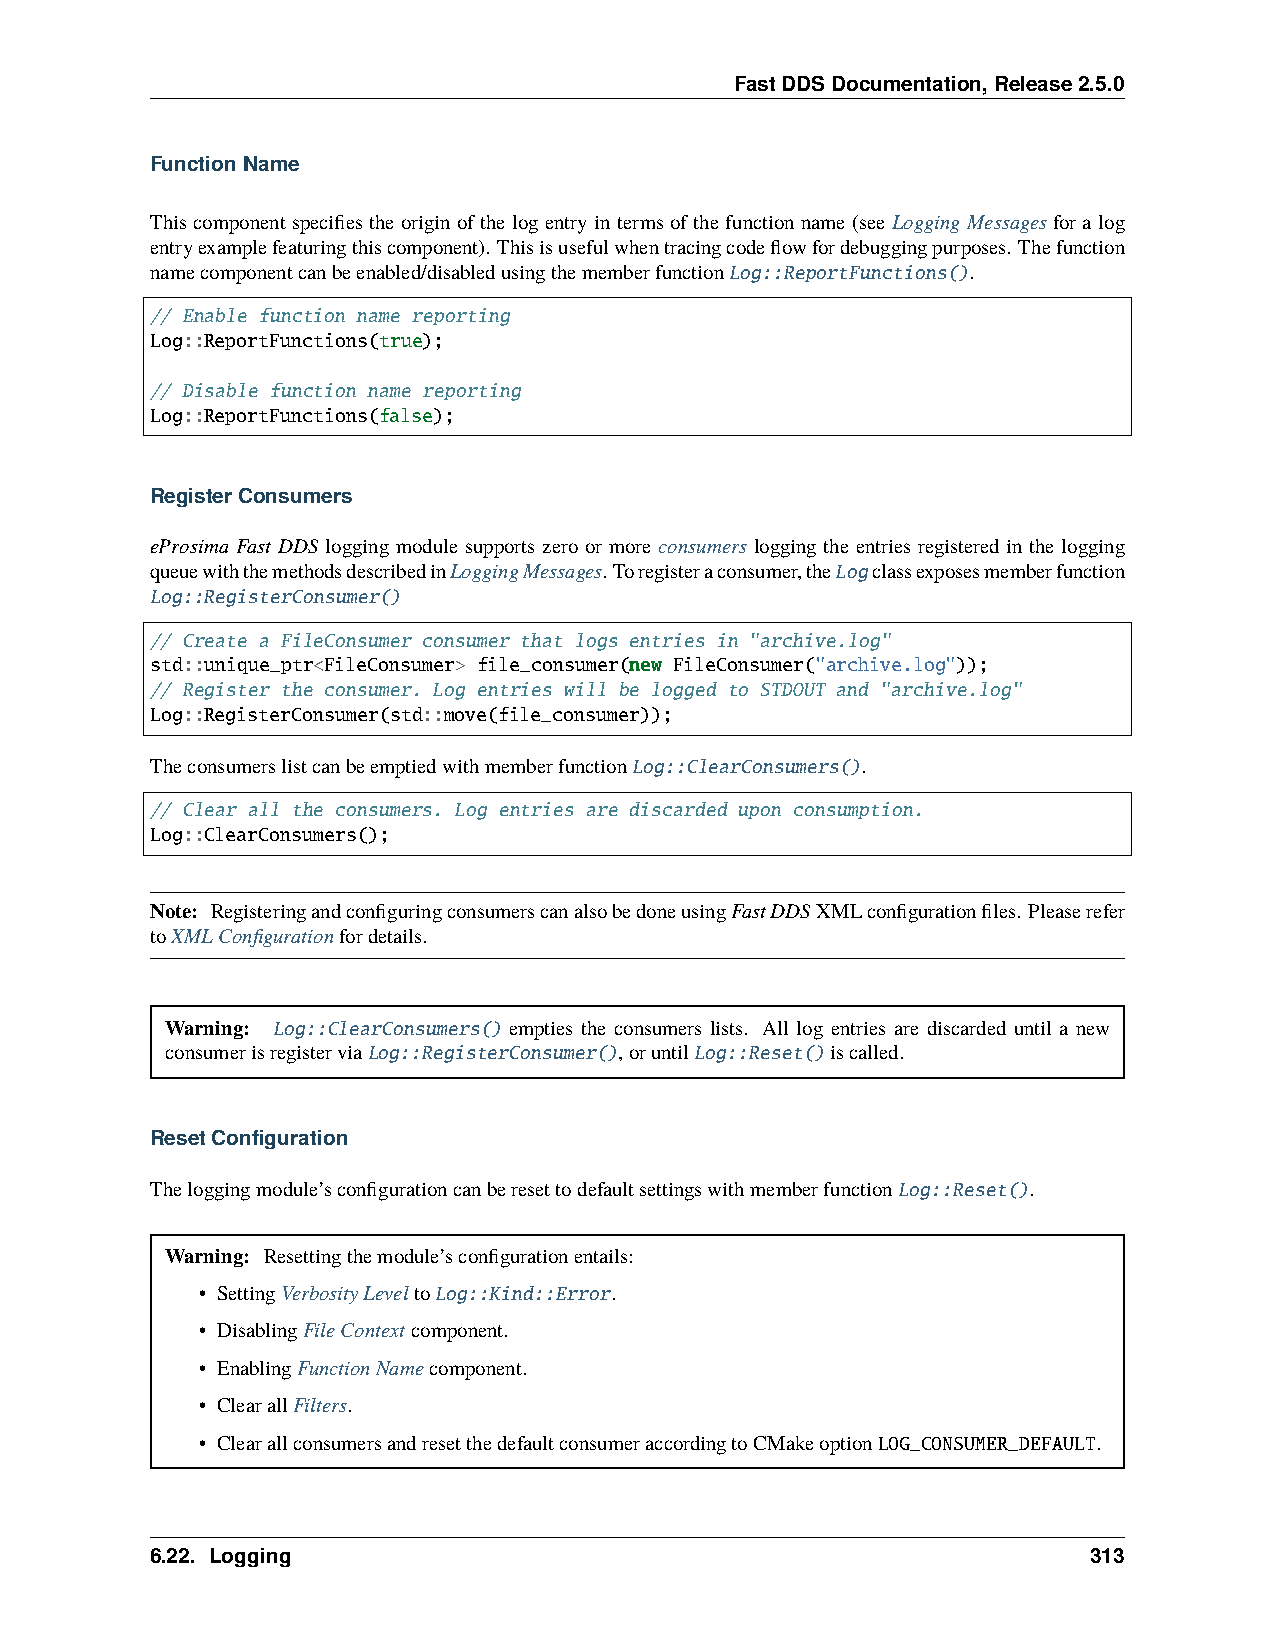
FastDDSDocumentation,Release2.5.0
 FunctionName
 This component specifies the origin of the log entry in terms of the function name (see Logging Messages for a log
 entryexamplefeaturingthiscomponent). Thisisusefulwhentracingcodeflowfordebuggingpurposes. Thefunction
 namecomponentcanbeenabled/disabledusingthememberfunctionLog::ReportFunctions().
 // Enable function name reporting
 Log::ReportFunctions(true);
 // Disable function name reporting
 Log::ReportFunctions(false);
 RegisterConsumers
 eProsima Fast DDS logging module supports zero or more consumers logging the entries registered in the logging
 queuewiththemethodsdescribedinLoggingMessages. Toregisteraconsumer,theLogclassexposesmemberfunction
 Log::RegisterConsumer()
 // Create a FileConsumer consumer that logs entries in "archive.log"
 std::unique_ptr<FileConsumer> file_consumer(new FileConsumer("archive.log"));
 // Register the consumer. Log entries will be logged to STDOUT and "archive.log"
 Log::RegisterConsumer(std::move(file_consumer));
 TheconsumerslistcanbeemptiedwithmemberfunctionLog::ClearConsumers().
 // Clear all the consumers. Log entries are discarded upon consumption.
 Log::ClearConsumers();
 Note: RegisteringandconfiguringconsumerscanalsobedoneusingFastDDSXMLconfigurationfiles. Pleaserefer
 toXMLConfigurationfordetails.
 Warning: Log::ClearConsumers() empties the consumers lists. All log entries are discarded until a new
 consumerisregisterviaLog::RegisterConsumer(),oruntilLog::Reset()iscalled.
 ResetConfiguration
 Theloggingmodule’sconfigurationcanberesettodefaultsettingswithmemberfunctionLog::Reset().
 Warning: Resettingthemodule’sconfigurationentails:
 • SettingVerbosityLeveltoLog::Kind::Error.
 • DisablingFileContextcomponent.
 • EnablingFunctionNamecomponent.
 • ClearallFilters.
 • ClearallconsumersandresetthedefaultconsumeraccordingtoCMakeoptionLOG_CONSUMER_DEFAULT.
 6.22. Logging                                                 313